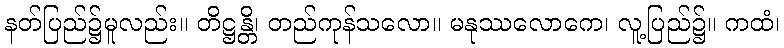
နတ်ပြည်၌မူလည်း။ တိဋ္ဌန္တိ၊ တည်ကုန်သလော။ မနုဿလောကေ၊ လူ့ပြည်၌။ ကထံ၊